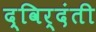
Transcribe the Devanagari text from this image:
द्विर्दंती